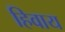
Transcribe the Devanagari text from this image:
हिवाय